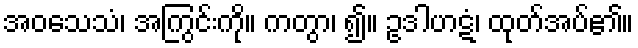
အဝသေသံ၊ အကြွင်းကို။ ကတွာ၊ ၍။ ဥဒါဟဋံ၊ ထုတ်အပ်၏။